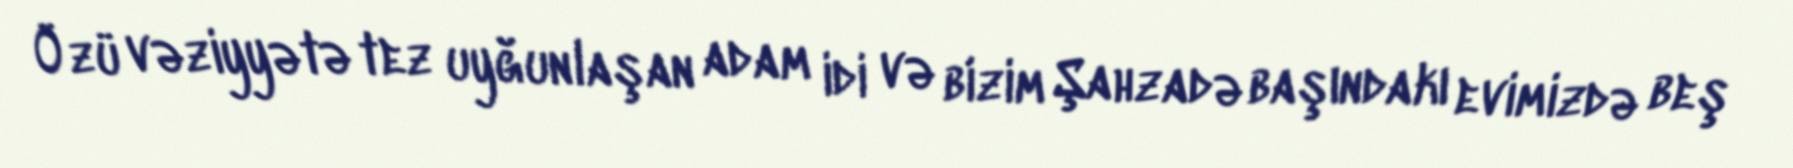
Özü vəziyyətə tez uyğunlaşan adam idi və bizim Şahzadə başındakı evimizdə beş